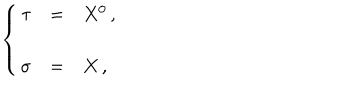
\left\{ \begin{array} { r c l } { { \tau } } & { { = } } & { { X ^ { 0 } \, , } } \\ { { } } & { { } } & { { } } \\ { { \sigma } } & { { = } } & { { X \, , } } \\ \end{array} \right.